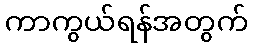
ကာကွယ်ရန်အတွက်